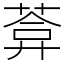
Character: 葊